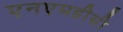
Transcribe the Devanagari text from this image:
एनएमडीसी